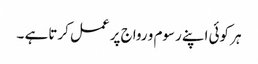
ہر کوئی اپنے رسوم و رواج پر عمل کرتا ہے ۔